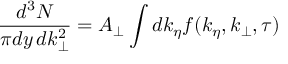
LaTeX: { \frac { d ^ { 3 } N } { \pi d y \, d k _ { \perp } ^ { 2 } } } = A _ { \perp } \int d k _ { \eta } f ( k _ { \eta } , k _ { \perp } , \tau )